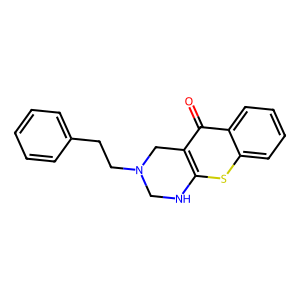
SMILES: O=c1c2c(sc3ccccc13)NCN(CCc1ccccc1)C2
Inhibits HIV replication: No